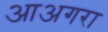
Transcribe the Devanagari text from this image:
आअगरा